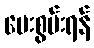
ပေးစွမ်းရန်